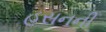
હસનની